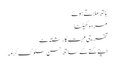
ہاتھ ملاتے ہوئے
مردہ کھیلنا
تفریحی محبت کا رشتہ ہے
اپنے کتے کے ساتھ حسن سلوک کرو۔